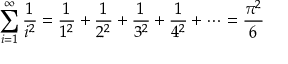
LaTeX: \sum _ { i = 1 } ^ { \infty } { \frac { 1 } { i ^ { 2 } } } = { \frac { 1 } { 1 ^ { 2 } } } + { \frac { 1 } { 2 ^ { 2 } } } + { \frac { 1 } { 3 ^ { 2 } } } + { \frac { 1 } { 4 ^ { 2 } } } + \cdots = { \frac { \pi ^ { 2 } } { 6 } }